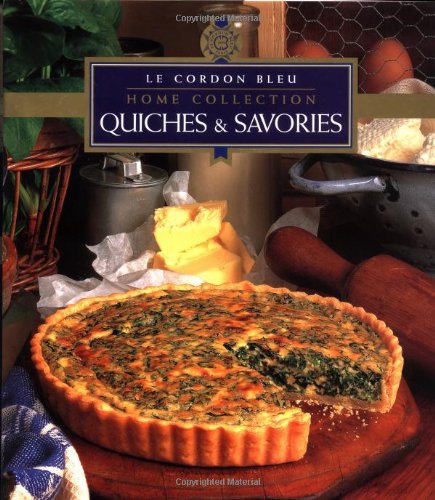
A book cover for Quiches & Savories (Cordon Bleu Home Collection); Cookbooks, Food & Wine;